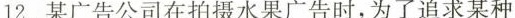
12.某广告公司在拍摄水果广告时，为了追求某种